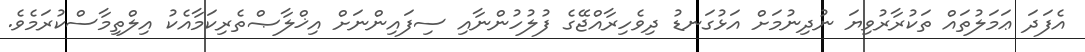
އެފަދަ ޢަމަލުތައް ތަކުރާރުވިޔަ ނުދިނުމަށް އަޅުގަނޑު ދިވެހިރާއްޖޭގެ ފުލުހުންނާއި ސިފައިންނަށް އިޚްލާޞްތެރިކަމާއެކު އިލްތިމާސްކުރަމެވެ.